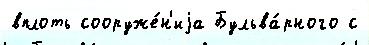
вплоть сооруже́н'иjа Бульва́рного с